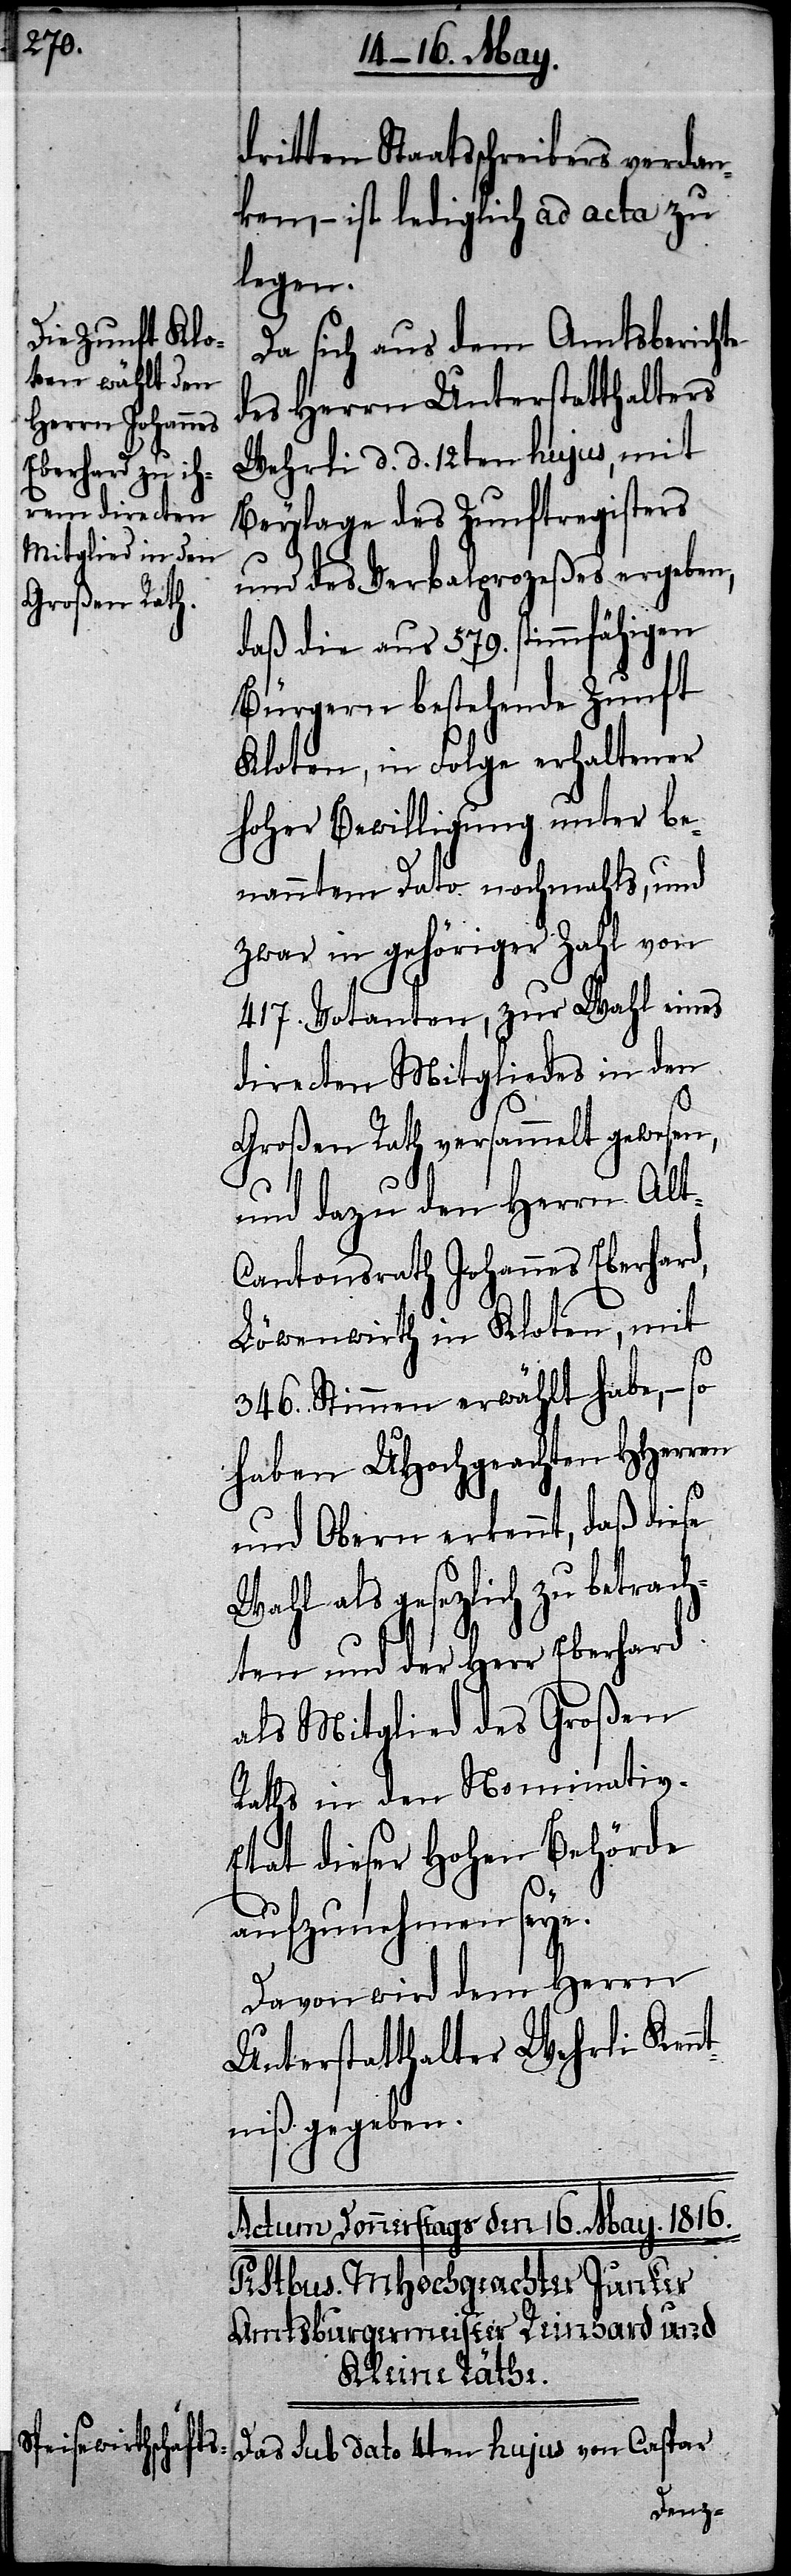
dritten Staatsschreibers verdan¬
ken, – ist lediglich ad acta zu
legen.
Da sich aus dem Amtsberichte
des Herrn Unterstatthalters
Wehrli d. d. 12ten hujus, mit
Beylage des Zunftregisters
und des Verbalprozeßes ergeben,
daß die aus 579. stimmfähigen
Bürgern bestehende Zunft
Kloten, in Folge erhaltener
hoher Bewilligung unter be¬
nanntem Dato nochmahls, und
zwar in gehöriger Zahl von
417. Votanten, zur Wahl eines
directen Mitgliedes in den
Großen Rath versammelt gewesen,
und dazu den Herrn Alt-C¬
antonsrath Johannes Eberhard,
Löwenwirth in Kloten, mit
346. Stimmen erwählt habe, – so
haben UHochgeachten HHerren
und Obern erkennt, daß diese
Wahl als gesezlich zu betrach¬
ten und der Herr Eberhard
als Mitglied des Großen
Raths in den Nominativ-E¬
tat dieser hohen Behörde
aufzunehmen seye.
Davon wird dem Herrn
Unterstatthalter Wehrli Kenn¬
tniß gegeben.
Das sub dato 4ten hujus von Caspar